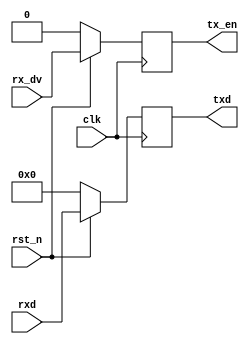
module dut(clk,
           rst_n, 
           rxd,
           rx_dv,
           txd,
           tx_en);
input clk;
input rst_n;
input[7:0] rxd;
input rx_dv;
output [7:0] txd;
output tx_en;

reg[7:0] txd;
reg tx_en;

always @(posedge clk) begin
   if(!rst_n) begin
      txd <= 8'b0;
      tx_en <= 1'b0;
   end
   else begin
      txd <= rxd;
      tx_en <= rx_dv;
   end
end
endmodule